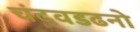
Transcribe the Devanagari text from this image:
चंदवडढनो